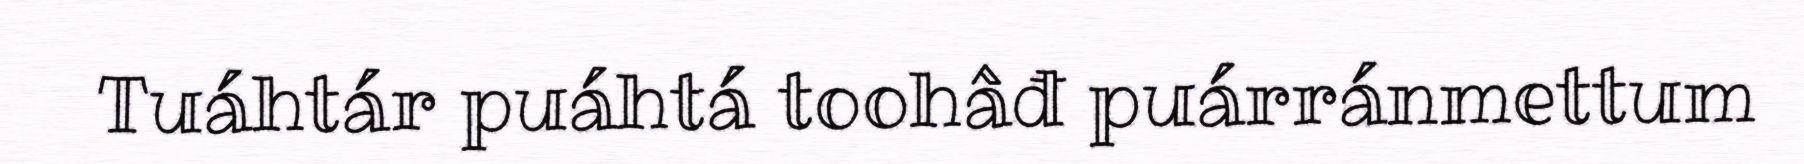
Tuáhtár puáhtá toohâđ puárránmettum